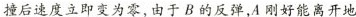
撞后速度立即变为零，由于B的反弹，A刚好能离开地